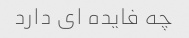
چه فایده ای دارد